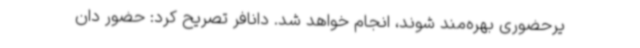
یرحضوری بهره‌مند شوند، انجام خواهد شد. دانافر تصریح کرد: حضور دان